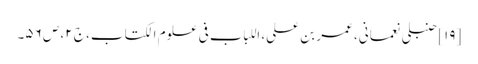
[۱۹] حنبلی نعمانی، عمر بن علی، اللباب فی علوم الکتاب، ج ۲، ص ۵۶۔